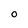
Character: 0